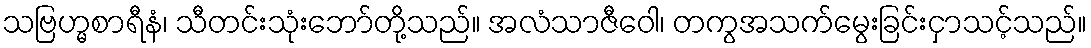
သဗြဟ္မစာရီနံ၊ သီတင်းသုံးဘော်တို့သည်။ အလံသာဇီဝေါ၊ တကွအသက်မွေးခြင်းငှာသင့်သည်။